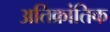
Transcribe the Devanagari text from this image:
अतिक्रांतिक